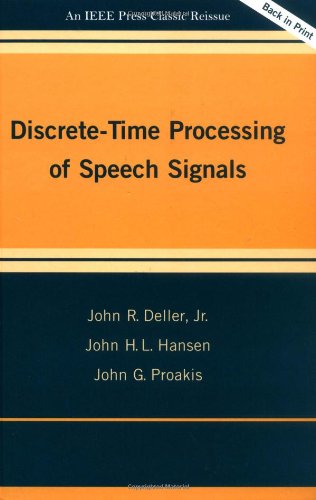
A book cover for Discrete-Time Processing of Speech Signals; John R. Deller Jr.; Computers & Technology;